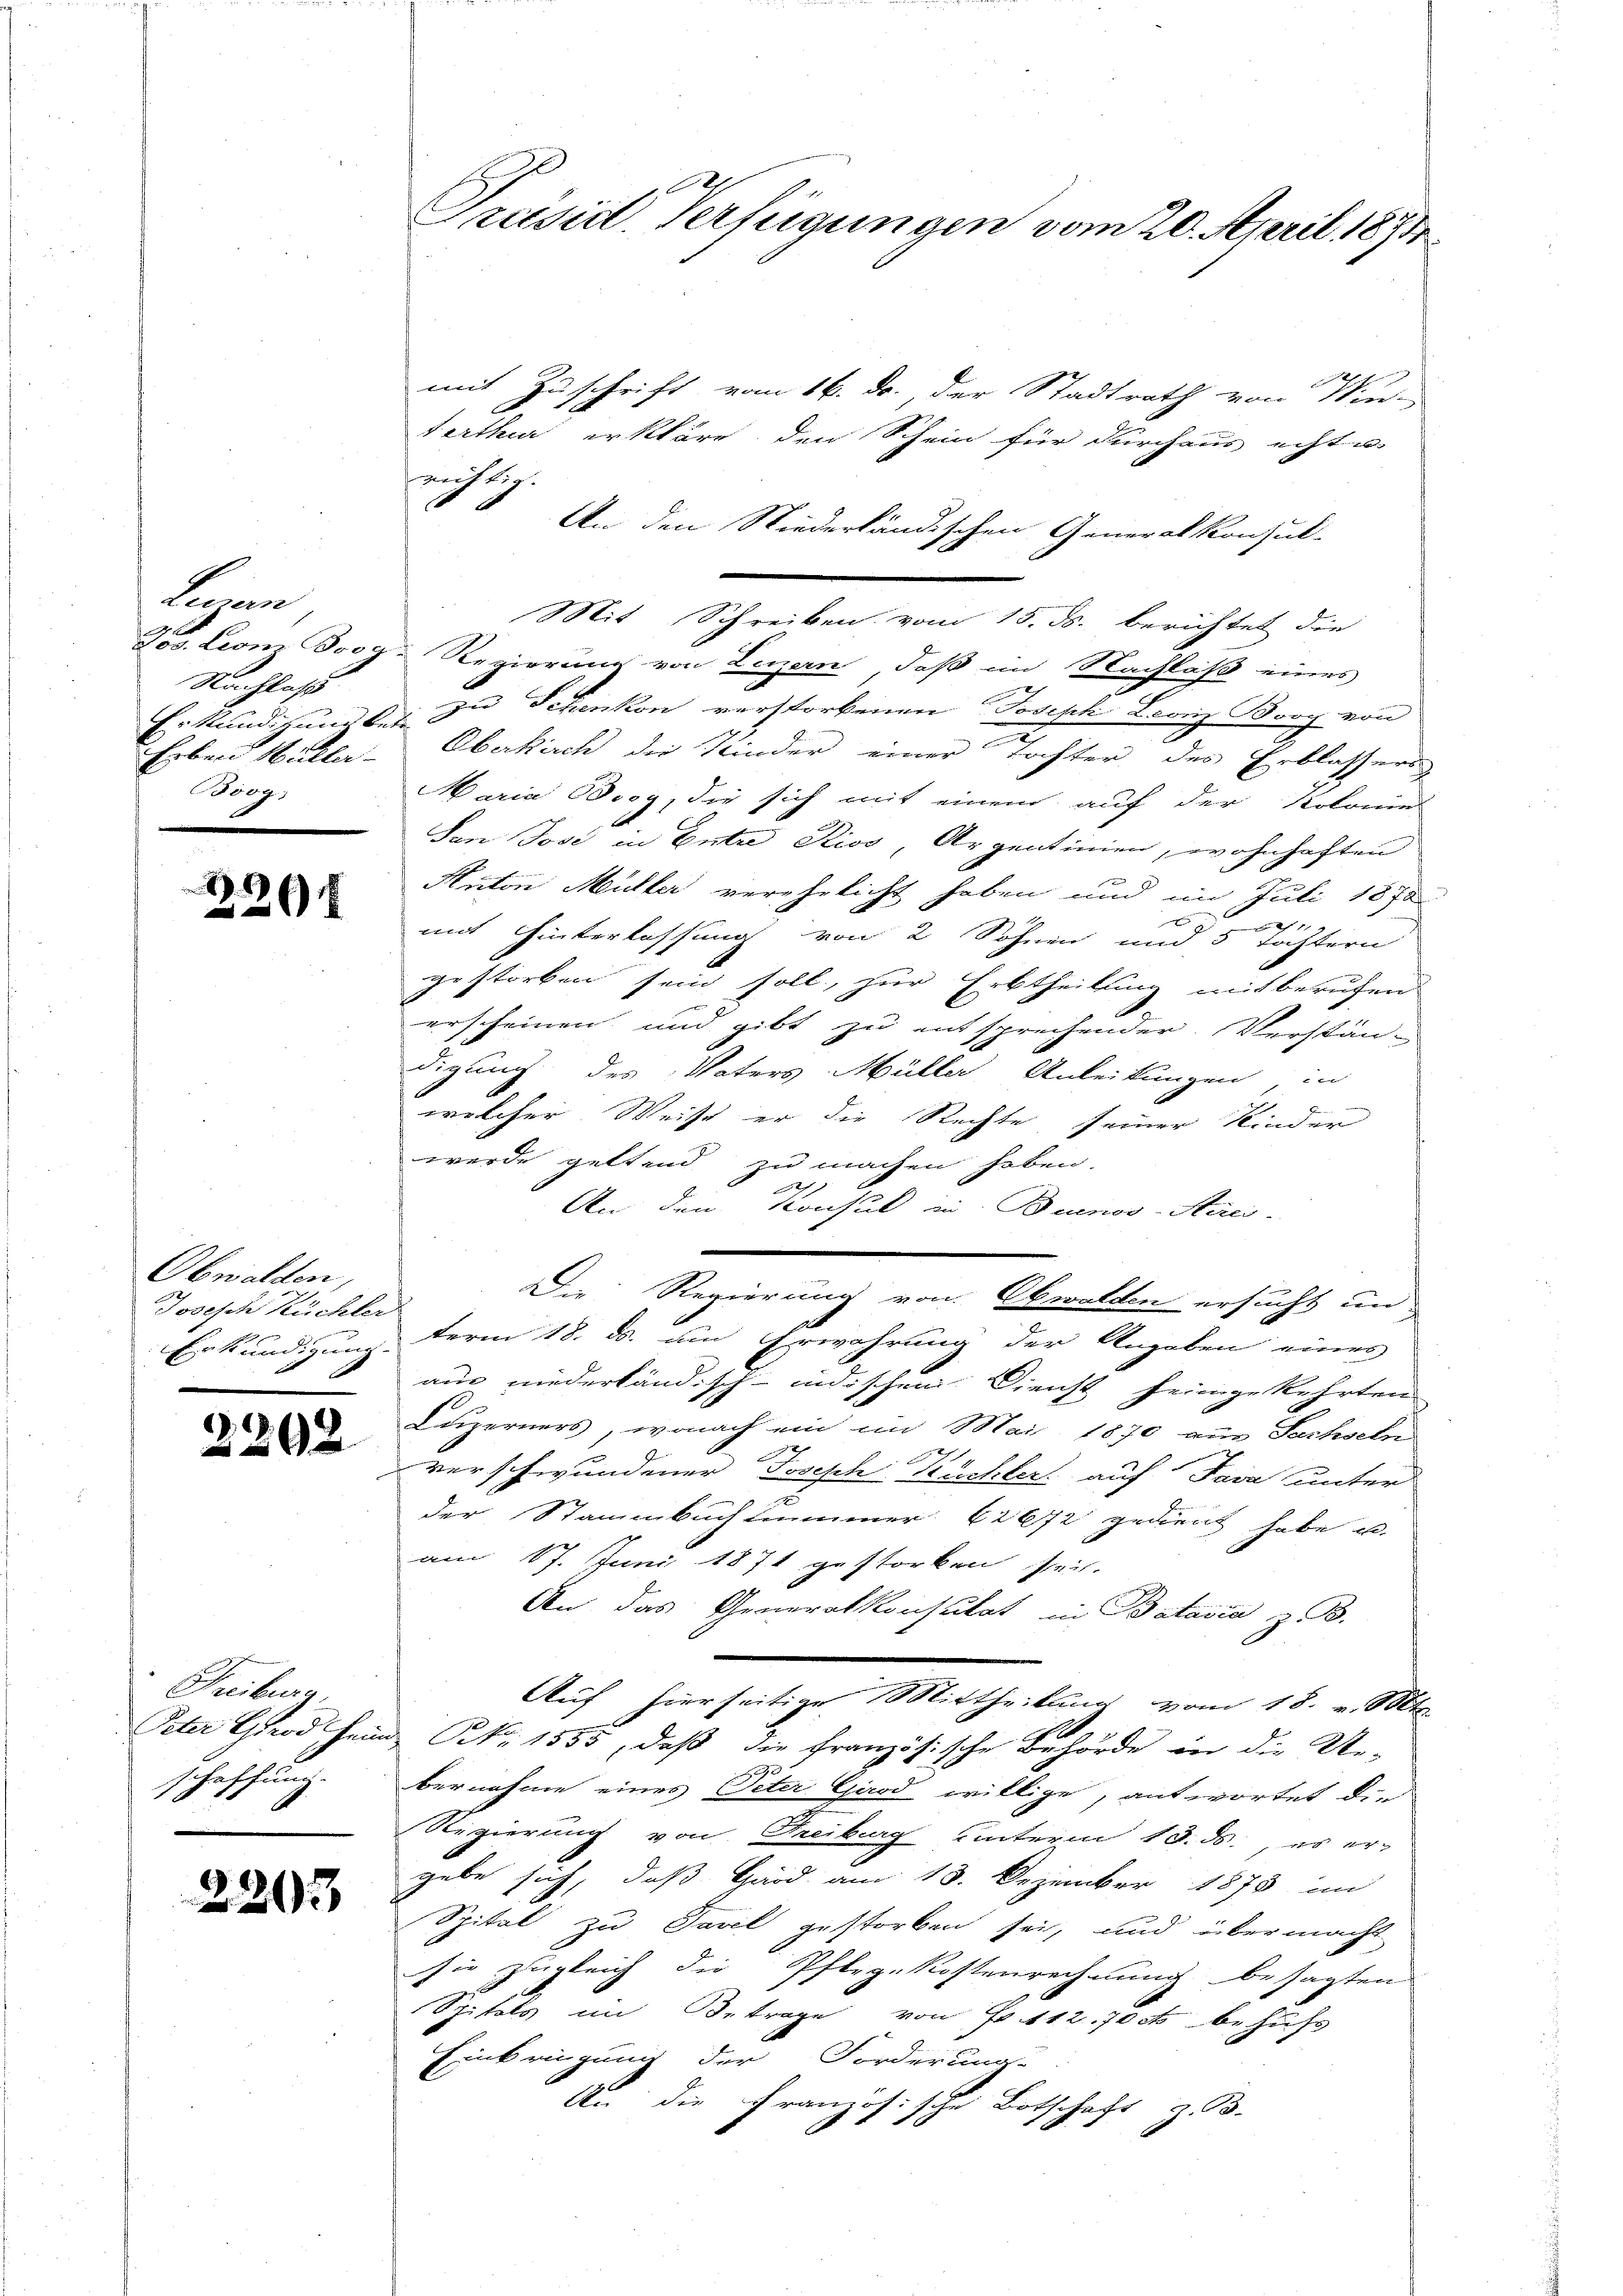
Lennan
Nachlaß
Erben Hüller
Biog

8
20 x

Obwalden,
Joseph Küchler
Erkundigung.

2202

Freiburg,
Peter Gerd Hein
haffung.
1

2203

Prusid. Verfügungen vom 20. April 1871

mit Zuschrift vom 16. ds., der Stadtrath von Win-
terthur erkläre den Schein für durchaus echte
wittig.
.
 An den Niederländischen Generalkonsul-
Mit Schreiben vom 15. ds. berichtet die
Jos. Leonz Jos. Regierung von Luzern, daß im Nachlaß eines
Erkundigung des zu Schenkon verstorbenen Joseph Leonz Booy von
Oberkirch die Kinder einer Tochter des Erblassers
Maria Boog, die sich mit einem auf der Kolonies
San Josi in Entre Rios, Argentinien, wohnhaften
Anton Müller verehelicht haben und im Juli 1870
g
mit Hinterlassung von 2 Söhnen und 5 Töchtern
gestorben sein soll, zur Erbtheilung mit beruhen
erscheinen und gibt zu entsprechender Verstän-
digung des Vaters Müller Anleitungen, in
welcher Weise er die Rechte seiner Kinder
wurde geltend zu machen haben.
h
An den Konsul in Buenos-Aerei-
Die Regierung von Obwalden ersucht un
term 18. ds. um Erwährung der Angaben eines
aus niederländisch-indischen Dienst heimgekehrten
Luzerners, wonach ein im Mai 1870 aus Sachseln
verschwundener Joseph Kuchler auf Java unter
der Stammbuchlummer 62672 gedient habe u.
am 17. Juni 1871 gestorben sei.
An das Generalkonsulat in Batavia z. B.
Auf hierseitige Mittheilung vom 18. v. Mts.
u NNo. 1855, daß die französische Behörde in die Ue-
bernahme eines Peter Girod willige, antwortet die
Regierung von Freiburg unterm 18. ds. es er-
gebe sich, daß Gard am 18. Dezember 1873 im
Spital zu Tavel gestorben sei, und übermacht
sie zugleich die Pfleg-Kostenrechnung besagten
Spitals im Betrage von Fr. 112. 70 cts behufs
Einbringung der Forderung.
Au die Französische Botschaft z. B.